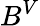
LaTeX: B^{V}